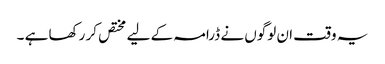
یہ وقت ان لوگوں نے ڈرامہ کے لیے مختص کر رکھا ہے ۔